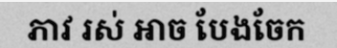
ភាវ រស់ អាច បែងចែក